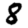
Digit: 8